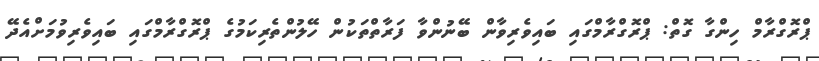
ޕްރޮގްރާމް ހިންގާ ގޮތް: ޕްރޮގްރާމްގައި ބައިވެރިވާން ބޭނުންވާ ފަރާތްތަކުން ހޭލުންތެރިކަމުގެ ޕްރޮގްރާމްގައި ބައިވެރިވުމަށްއެދޭ